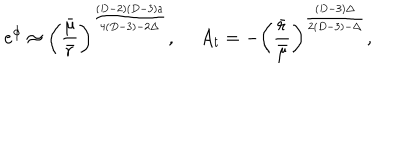
LaTeX: e ^ { \phi } \approx \left( { \frac { \bar { \mu } } { \bar { r } } } \right) ^ { \frac { ( D - 2 ) ( D - 3 ) a } { 4 ( D - 3 ) - 2 \Delta } } , \ A _ { t } = - \left( { \frac { \bar { r } } { \bar { \mu } } } \right) ^ { \frac { ( D - 3 ) \Delta } { 2 ( D - 3 ) - \Delta } } ,